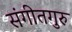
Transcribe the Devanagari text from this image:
संगीतगुरु